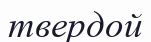
твердой